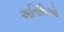
અતિથિઓ